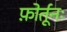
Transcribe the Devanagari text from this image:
फ़ोर्तूनः